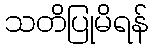
သတိပြုမိရန်